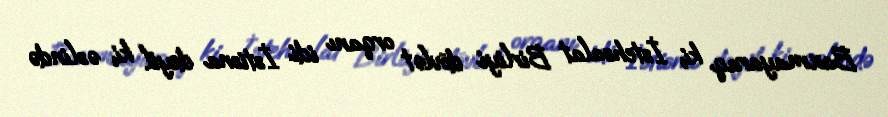
Baxmayaraq ki, İstehsalat Birliyi dövlət orqanı idi. İstisna deyil ki, əslində